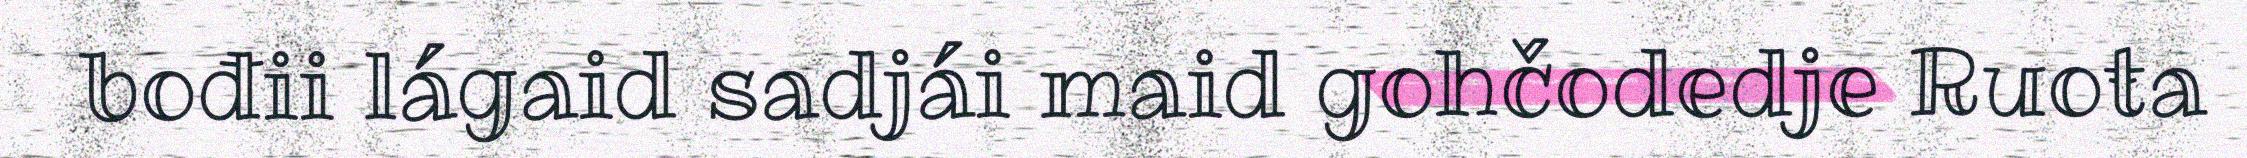
bođii lágaid sadjái maid gohčodedje Ruoŧa